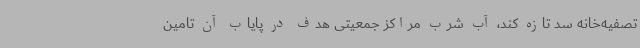
تصفیه‌خانه سد تازه کند، آب شرب مراکز جمعیتی هدف در پایاب آن تامین